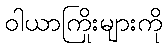
ဝါယာကြိုးများကို